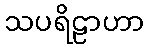
သပရိဠာဟာ